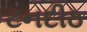
ટનદીઠ